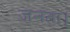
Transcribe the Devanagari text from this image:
जनता।